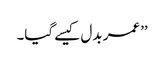
’’عمر بدل کیسے گیا۔